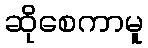
ဆိုစေကာမူ